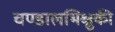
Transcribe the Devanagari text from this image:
चण्डालभिक्षुकी